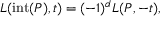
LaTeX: L ( \operatorname { i n t } ( P ) , t ) = ( - 1 ) ^ { d } L ( P , - t ) ,